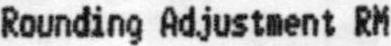
ROUNDING ADJUSTMENT RM